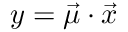
y = \vec { \mu } \cdot \vec { x }